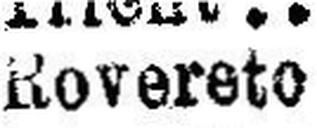
Rovereto